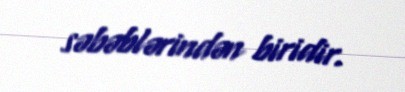
səbəblərindən biridir.